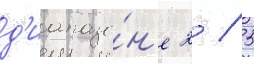
д'иапазо́н'е 2 / 5